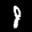
Label: 8